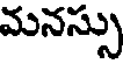
మనస్సు